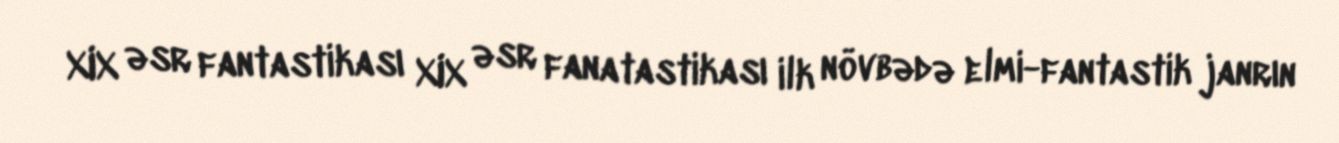
XIX əsr fantastikası XIX əsr fanatastikası ilk növbədə elmi-fantastik janrın